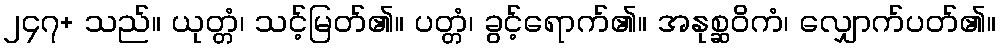
၂၄၇+ သည်။ ယုတ္တံ၊ သင့်မြတ်၏။ ပတ္တံ၊ ခွင့်ရောက်၏။ အနုစ္ဆဝိကံ၊ လျှောက်ပတ်၏။